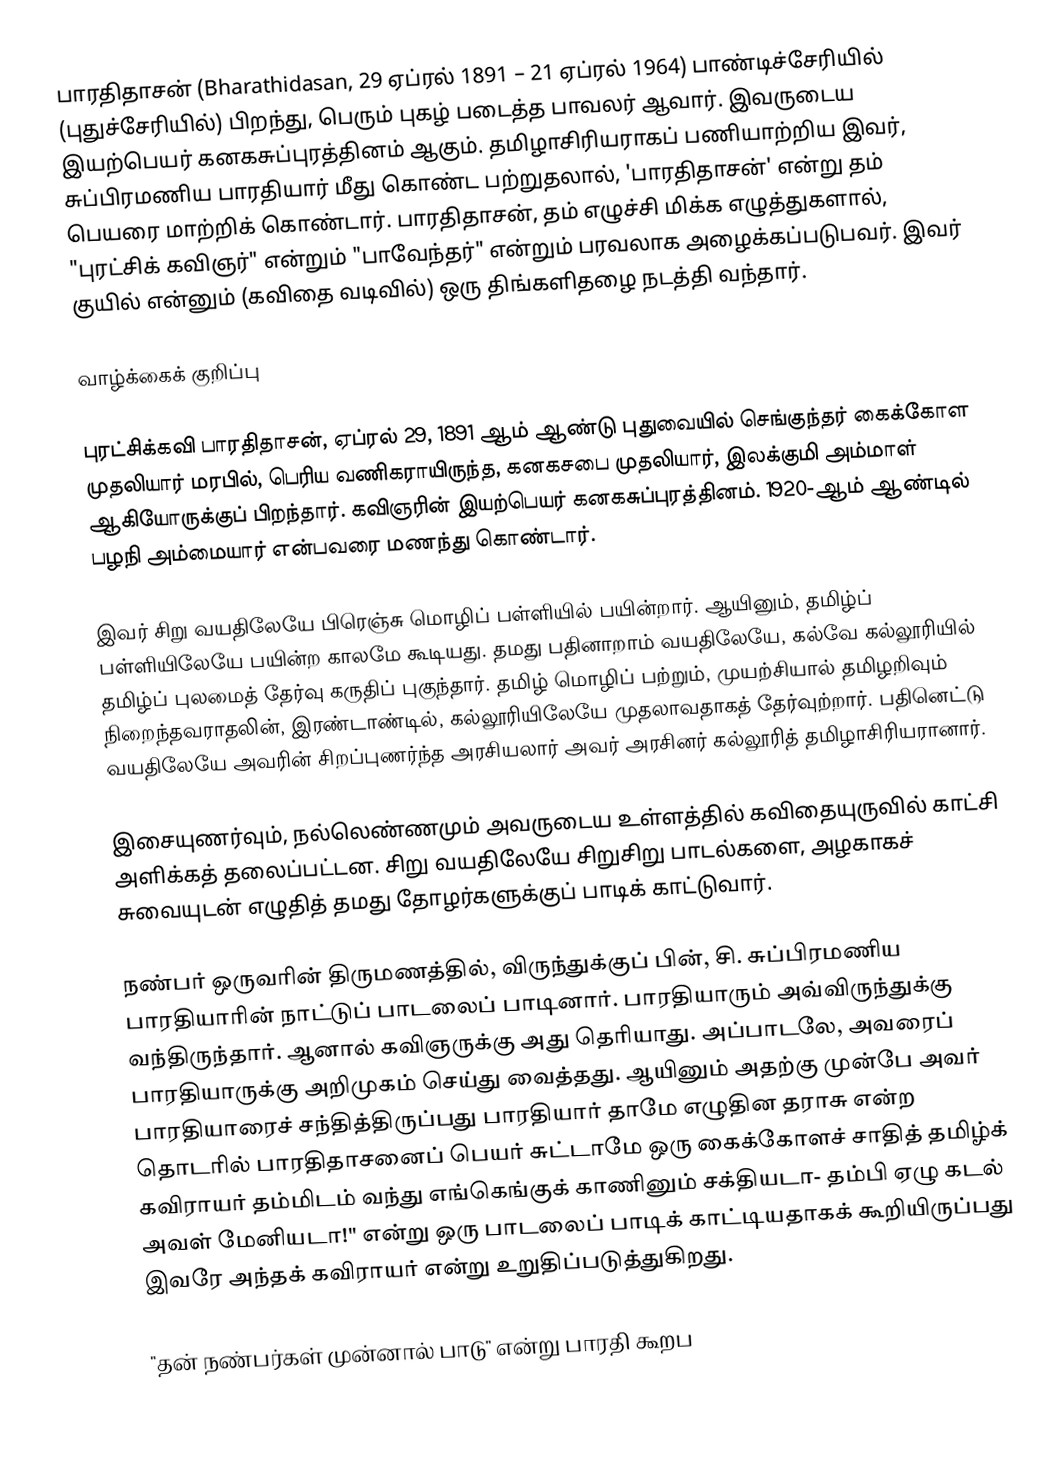
பாரதிதாசன் (Bharathidasan, 29 ஏப்ரல் 1891 – 21 ஏப்ரல் 1964) பாண்டிச்சேரியில் (புதுச்சேரியில்) பிறந்து, பெரும் புகழ் படைத்த பாவலர் ஆவார். இவருடைய இயற்பெயர் கனகசுப்புரத்தினம் ஆகும். தமிழாசிரியராகப் பணியாற்றிய இவர், சுப்பிரமணிய பாரதியார் மீது கொண்ட பற்றுதலால், 'பாரதிதாசன்' என்று தம் பெயரை மாற்றிக் கொண்டார். பாரதிதாசன், தம் எழுச்சி மிக்க எழுத்துகளால், "புரட்சிக் கவிஞர்" என்றும் "பாவேந்தர்" என்றும் பரவலாக அழைக்கப்படுபவர். இவர் குயில் என்னும் (கவிதை வடிவில்) ஒரு திங்களிதழை நடத்தி வந்தார்.

வாழ்க்கைக் குறிப்பு

புரட்சிக்கவி பாரதிதாசன், ஏப்ரல் 29, 1891 ஆம் ஆண்டு புதுவையில் செங்குந்தர் கைக்கோள முதலியார் மரபில், பெரிய வணிகராயிருந்த, கனகசபை முதலியார், இலக்குமி அம்மாள் ஆகியோருக்குப் பிறந்தார். கவிஞரின் இயற்பெயர் கனகசுப்புரத்தினம். 1920-ஆம் ஆண்டில் பழநி அம்மையார் என்பவரை மணந்து கொண்டார்.

இவர் சிறு வயதிலேயே பிரெஞ்சு மொழிப் பள்ளியில் பயின்றார். ஆயினும், தமிழ்ப் பள்ளியிலேயே பயின்ற காலமே கூடியது. தமது பதினாறாம் வயதிலேயே, கல்வே கல்லூரியில் தமிழ்ப் புலமைத் தேர்வு கருதிப் புகுந்தார். தமிழ் மொழிப் பற்றும், முயற்சியால் தமிழறிவும் நிறைந்தவராதலின், இரண்டாண்டில், கல்லூரியிலேயே முதலாவதாகத் தேர்வுற்றார். பதினெட்டு வயதிலேயே அவரின் சிறப்புணர்ந்த அரசியலார் அவர் அரசினர் கல்லூரித் தமிழாசிரியரானார்.

இசையுணர்வும், நல்லெண்ணமும் அவருடைய உள்ளத்தில் கவிதையுருவில் காட்சி அளிக்கத் தலைப்பட்டன. சிறு வயதிலேயே சிறுசிறு பாடல்களை, அழகாகச் சுவையுடன் எழுதித் தமது தோழர்களுக்குப் பாடிக் காட்டுவார்.

நண்பர் ஒருவரின் திருமணத்தில், விருந்துக்குப் பின், சி. சுப்பிரமணிய பாரதியாரின் நாட்டுப் பாடலைப் பாடினார். பாரதியாரும் அவ்விருந்துக்கு வந்திருந்தார். ஆனால் கவிஞருக்கு அது தெரியாது. அப்பாடலே, அவரைப் பாரதியாருக்கு அறிமுகம் செய்து வைத்தது. ஆயினும் அதற்கு முன்பே அவர் பாரதியாரைச் சந்தித்திருப்பது பாரதியார் தாமே எழுதின தராசு என்ற தொடரில் பாரதிதாசனைப் பெயர் சுட்டாமே ஒரு கைக்கோளச் சாதித் தமிழ்க் கவிராயர் தம்மிடம் வந்து எங்கெங்குக் காணினும் சக்தியடா- தம்பி  ஏழு கடல் அவள் மேனியடா!" என்று ஒரு பாடலைப் பாடிக் காட்டியதாகக் கூறியிருப்பது இவரே அந்தக் கவிராயர் என்று உறுதிப்படுத்துகிறது.

"தன் நண்பர்கள் முன்னால் பாடு" என்று பாரதி கூறப